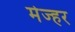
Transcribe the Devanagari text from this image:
मेज्हर